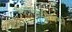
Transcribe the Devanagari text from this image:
फिजियोग्नमी